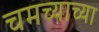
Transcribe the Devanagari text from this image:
चमच्याच्या